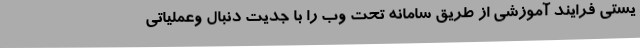
یستی فرایند آموزشی از طریق سامانه تحت وب را با جدیت دنبال وعملیاتی